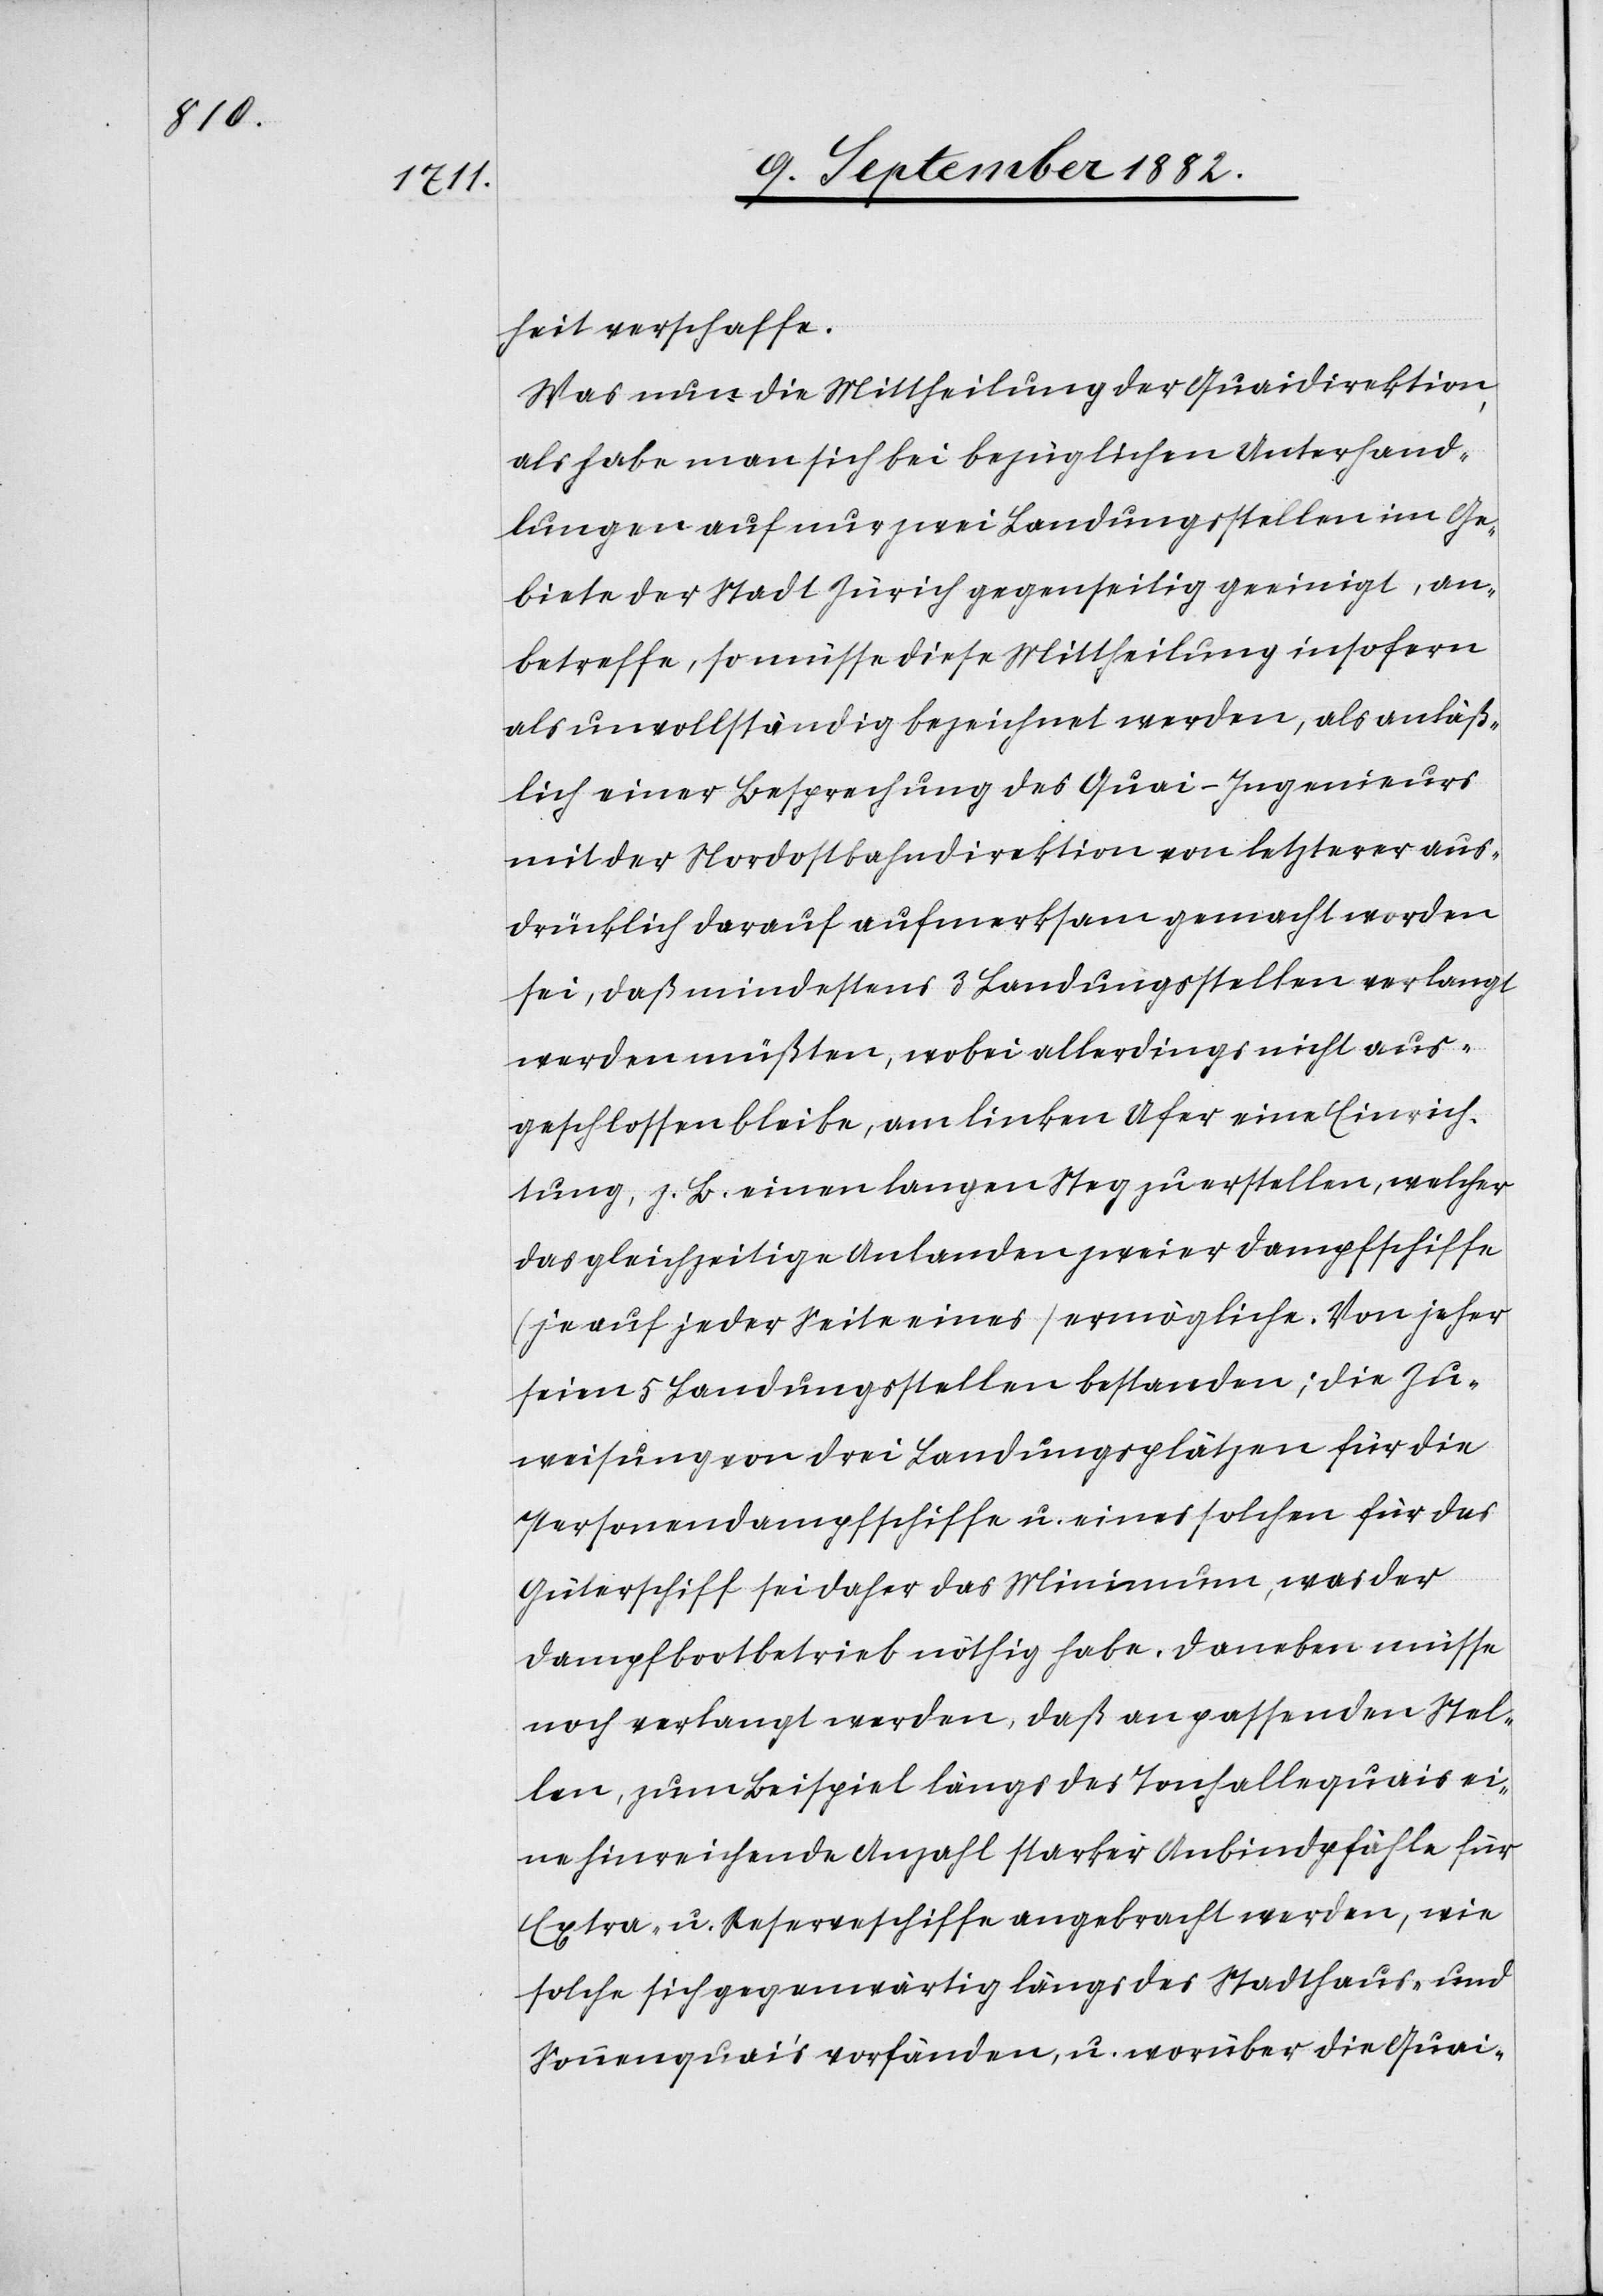
heit verschaffe.
Was nun die Mittheilung der Quaidirektion,
als habe man sich bei bezüglichen Unterhand¬
lungen auf nur zwei Landungsstellen im Ge¬
biete der Stadt Zürich gegenseitig geeinigt, an¬
betreffe, so müsse diese Mittheilung insofern
als unvollständig bezeichnet werden, als anläß¬
lich einer Besprechung des Quai-Ingenieurs
mit der Nordostbahndirektion von letzterer aus¬
drücklich darauf aufmerksam gemacht worden
sei, daß mindestens 3 Landungsstellen verlangt
werden müßten, wobei allerdings nicht aus¬
geschlossen bleibe, am linken Ufer eine Einrich¬
tung, z. B. einen langen Steg zu erstellen, welcher
das gleichzeitige Anlanden zweier Dampfschiffe
(je auf jeder Seite eines) ermögliche. Von jeher
seien 5 Landungsstellen bestanden; die Zu¬
weisung von drei Landungsplätzen für die
Personendampfschiffe u. eines solchen für das
Güterschiff sei daher das Minimum, was der
Dampfbootbetrieb nöthig habe. Daneben müsse
noch verlangt werden, daß an passenden Stel¬
len, zum Beispiel längs des Tonhallenquais ei¬
ne hinreichende Anzahl starker Anbindpfähle für
Extra- u. Reserveschiffe angebracht werden, wie
solche sich gegenwärtig längs des Stadthaus- und
Sonnenquai’s vorfänden, u. worüber die Quai-